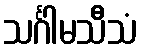
သင်္ဂါမသီသံ